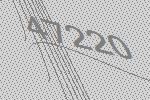
47220